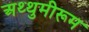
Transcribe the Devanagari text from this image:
अथ्थुमीरूम